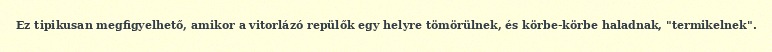
Ez tipikusan megfigyelhető, amikor a vitorlázó repülők egy helyre tömörülnek, és körbe-körbe haladnak, "termikelnek".